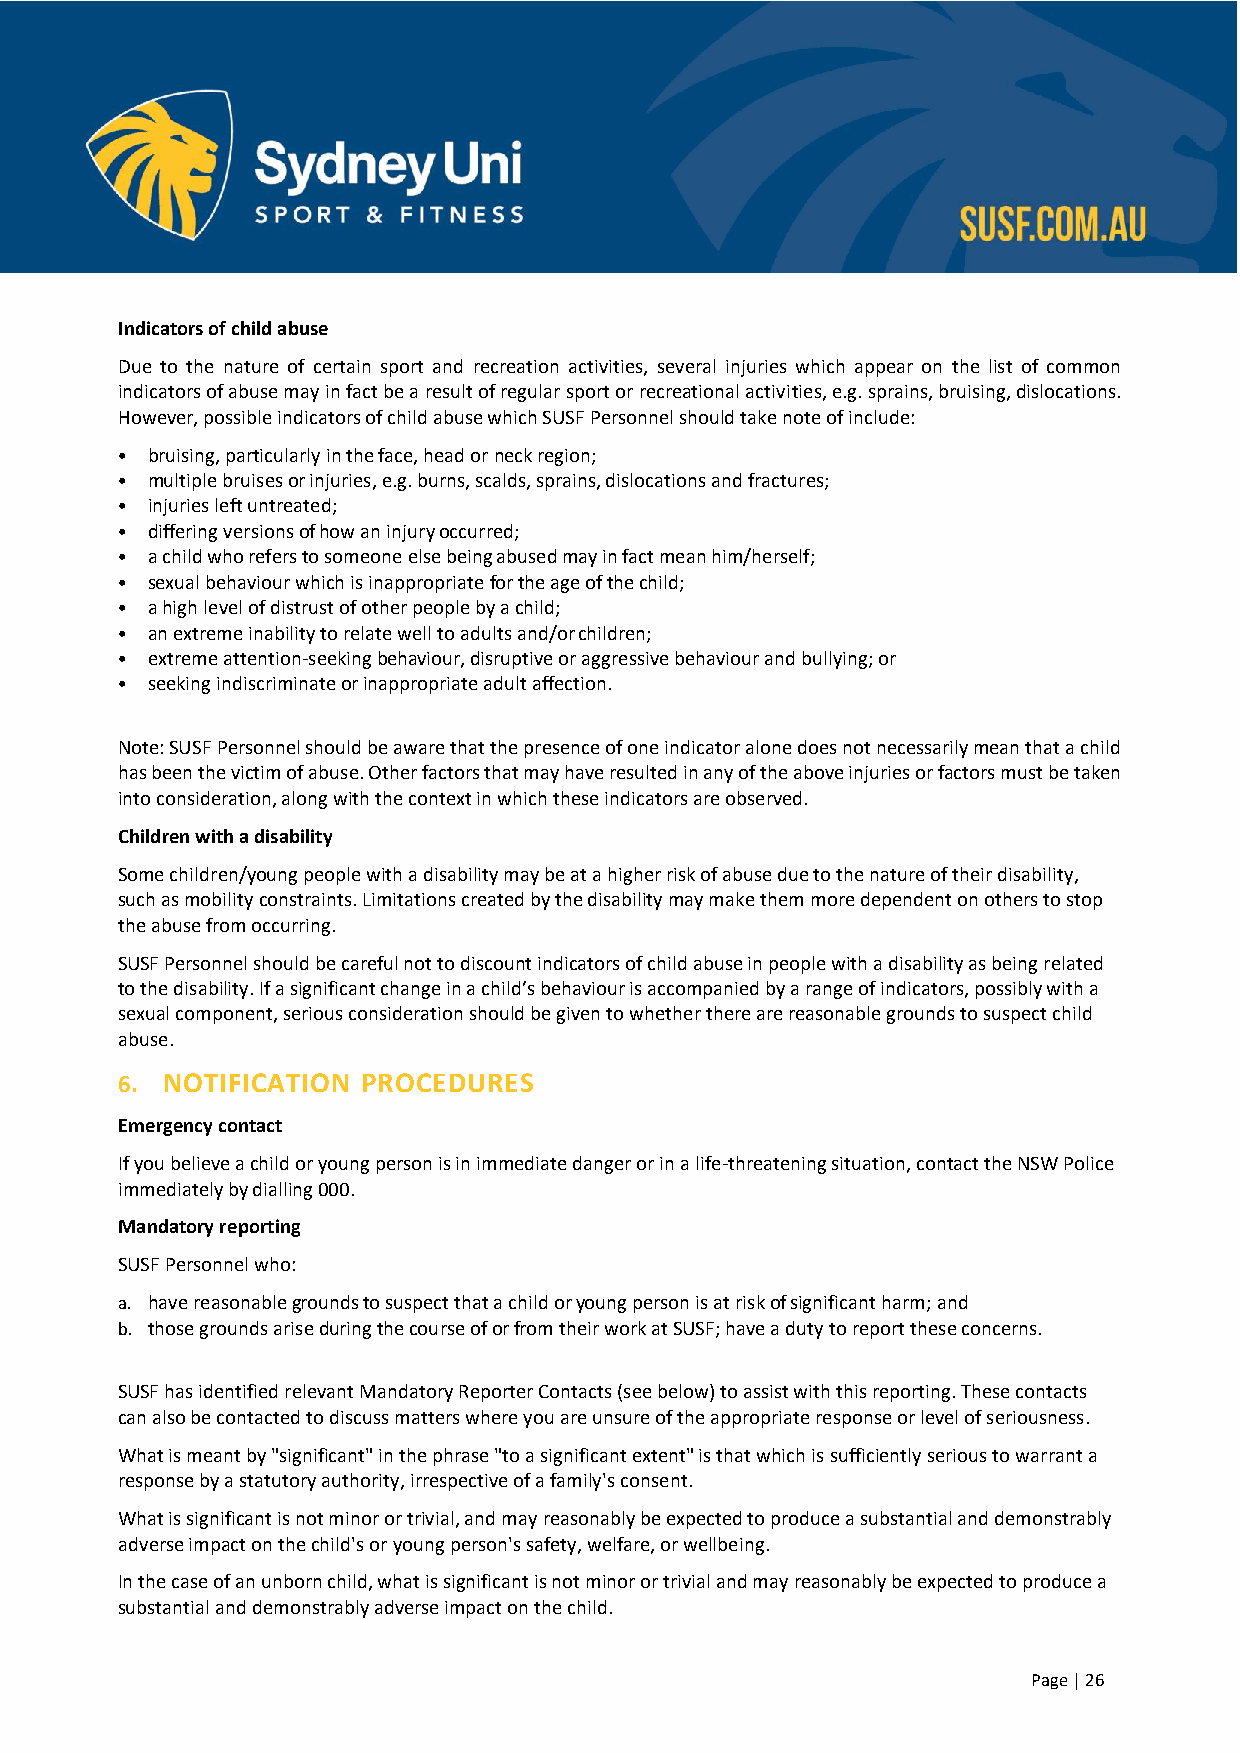
Indicators of child abuse
 Due to the nature of certain sport and recreation activities, several injuries which appear on the list of common
 indicators of abuse may in fact be a result of regular sport or recreational activities, e.g. sprains, bruising, dislocations.
 However, possible indicators of child abuse which SUSF Personnel should take note of include:
 • bruising, particularly in the face, head or neck region;
 • multiple bruises or injuries, e.g. burns, scalds, sprains, dislocations and fractures;
 • injuries left untreated;
 • differing versions of how an injury occurred;
 • a child who refers to someone else being abused may in fact mean him/herself;
 • sexual behaviour which is inappropriate for the age of the child;
 • a high level of distrust of other people by a child;
 • an extreme inability to relate well to adults and/or children;
 • extreme attention-seeking behaviour, disruptive or aggressive behaviour and bullying; or
 • seeking indiscriminate or inappropriate adult affection.
 Note: SUSF Personnel should be aware that the presence of one indicator alone does not necessarily mean that a child
 has been the victim of abuse. Other factors that may have resulted in any of the above injuries or factors must be taken
 into consideration, along with the context in which these indicators are observed.
 Children with a disability
 Some children/young people with a disability may be at a higher risk of abuse due to the nature of their disability,
 such as mobility constraints. Limitations created by the disability may make them more dependent on others to stop
 the abuse from occurring.
 SUSF Personnel should be careful not to discount indicators of child abuse in people with a disability as being related
 to the disability. If a significant change in a child’s behaviour is accompanied by a range of indicators, possibly with a
 sexual component, serious consideration should be given to whether there are reasonable grounds to suspect child
 abuse.
 6. NOTIFICATION PROCEDURES
 Emergency contact
 If you believe a child or young person is in immediate danger or in a life-threatening situation, contact the NSW Police
 immediately by dialling 000.
 Mandatory reporting
 SUSF Personnel who:
 a. have reasonable grounds to suspect that a child or young person is at risk of significant harm; and
 b. those grounds arise during the course of or from their work at SUSF; have a duty to report these concerns.
 SUSF has identified relevant Mandatory Reporter Contacts (see below) to assist with this reporting. These contacts
 can also be contacted to discuss matters where you are unsure of the appropriate response or level of seriousness.
 What is meant by "significant" in the phrase "to a significant extent" is that which is sufficiently serious to warrant a
 response by a statutory authority, irrespective of a family's consent.
 What is significant is not minor or trivial, and may reasonably be expected to produce a substantial and demonstrably
 adverse impact on the child's or young person's safety, welfare, or wellbeing.
 In the case of an unborn child, what is significant is not minor or trivial and may reasonably be expected to produce a
 substantial and demonstrably adverse impact on the child.
 Page | 26